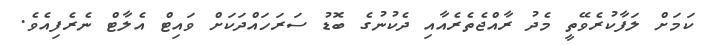
ކަމަށް ލަފާކުރެވޭތީ މެދު ރާއްޖެތެރެއާއި ދެކުނުގެ ބޮޑު ސަރަހައްދަކަށް ވައިޓް އެލާޓް ނެރެފިއެވެ.